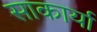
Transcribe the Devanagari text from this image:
साकार्या